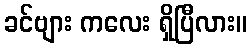
ခင်ဗျား ကလေး ရှိပြီလား။